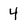
Character: 4